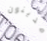
مدينون